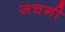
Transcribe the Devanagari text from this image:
जचगी